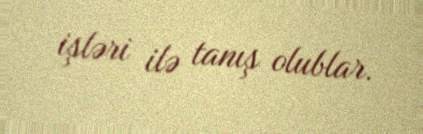
işləri ilə tanış olublar.